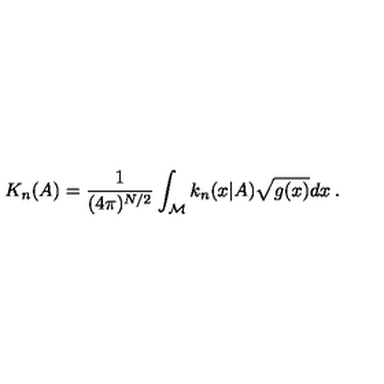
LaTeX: K _ { n } ( A ) = \frac { 1 } { ( 4 \pi ) ^ { N / 2 } } \int _ { \cal M } k _ { n } ( x | A ) \sqrt { g ( x ) } d x \: . \nonumber